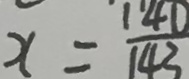
x = \frac { 1 4 0 } { 1 4 3 }